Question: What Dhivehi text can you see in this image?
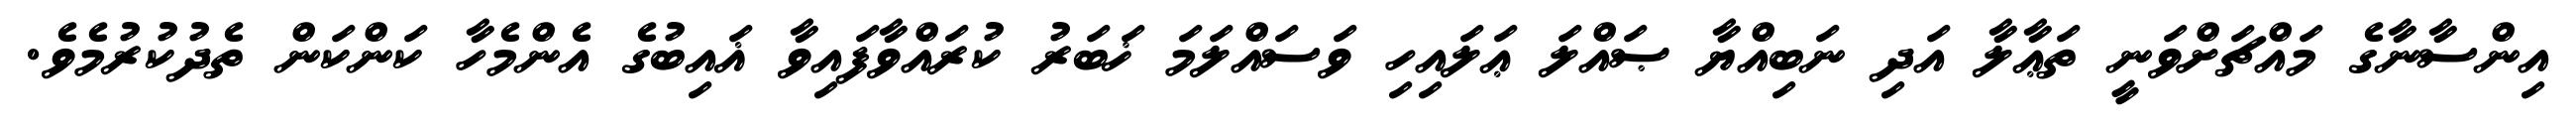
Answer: އިންސާނާގެ މައްޗަށްވަނީ ތަޢާލާ އަދި ނަބިއްޔާ ޞައްލަ ޢަލައިހި ވަސައްލަމަ ޚަބަރު ކުރައްވާފައިވާ ޣައިބުގެ އެންމެހާ ކަންކަން ތެދުކުރުމެވެ.